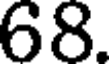
68.